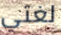
لغتي